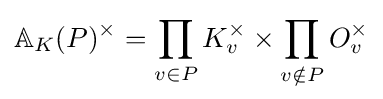
\mathbb {A} _{K}(P)^{\times }=\prod _{v\in P}K_{v}^{\times }\times \prod _{v\notin P}O_{v}^{\times }